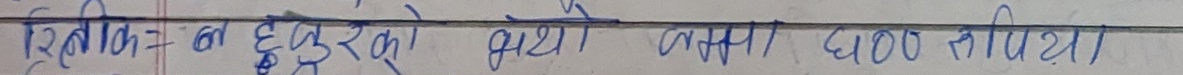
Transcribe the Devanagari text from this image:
रितिक र हजुरको क्या क्या छोटो थियो।